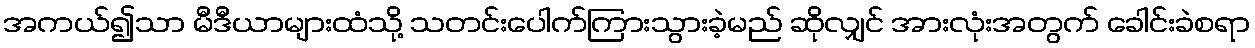
အကယ်၍သာ မီဒီယာများထံသို့ သတင်းပေါက်ကြားသွားခဲ့မည် ဆိုလျှင် အားလုံးအတွက် ခေါင်းခဲစရာ